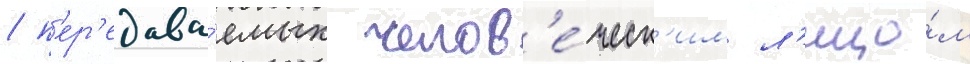
/ п'ер'едава́емых челов'е́ческ'им л'ицо́м